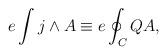
LaTeX: \begin{align*}e\int j \wedge A \equiv e \oint_C Q A,\end{align*}